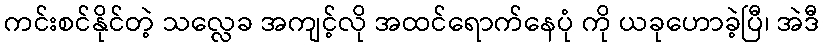
ကင်းစင်နိုင်တဲ့ သလ္လေခ အကျင့်လို အထင်ရောက်နေပုံ ကို ယခုဟောခဲ့ပြီ၊ အဲဒီ